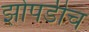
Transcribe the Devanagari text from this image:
झोपडीच